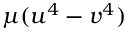
\mu ( u ^ { 4 } - v ^ { 4 } )